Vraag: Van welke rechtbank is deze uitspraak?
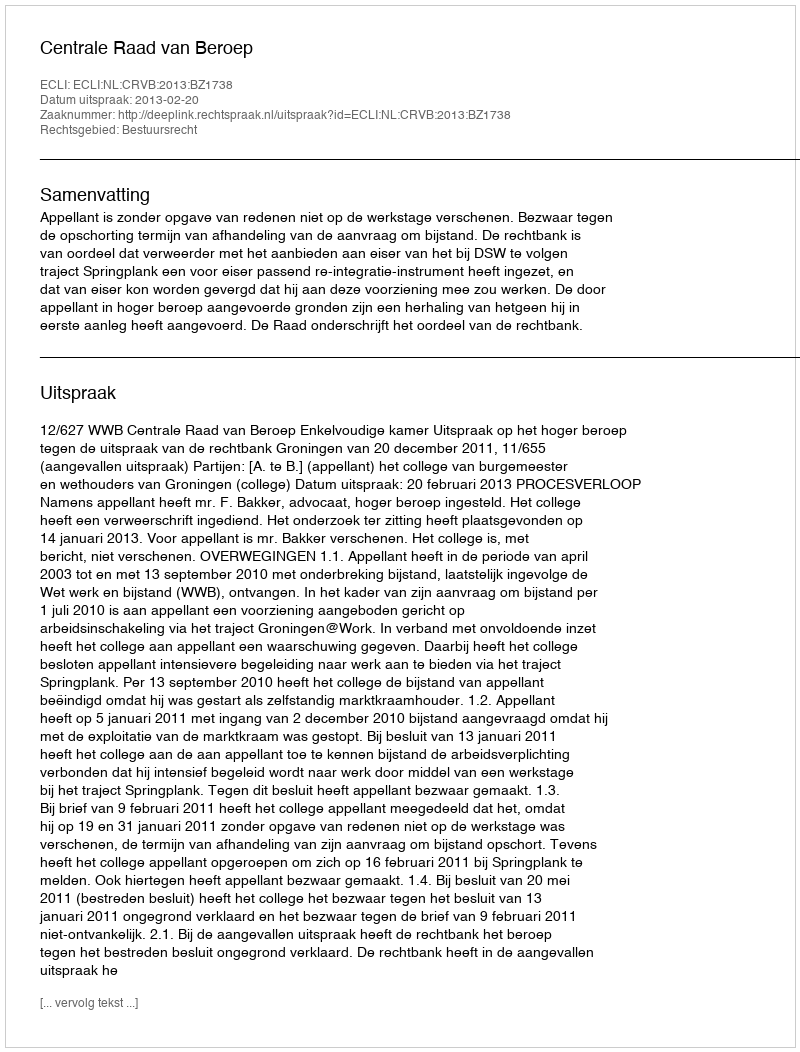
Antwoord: Centrale Raad van Beroep